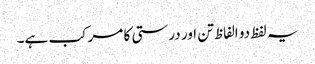
یہ لفظ دو الفاظ تن اور درستی کا مرکب ہے۔